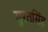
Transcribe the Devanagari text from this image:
सुरतसिंह